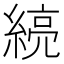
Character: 𰫯